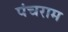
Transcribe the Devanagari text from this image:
पंचराम